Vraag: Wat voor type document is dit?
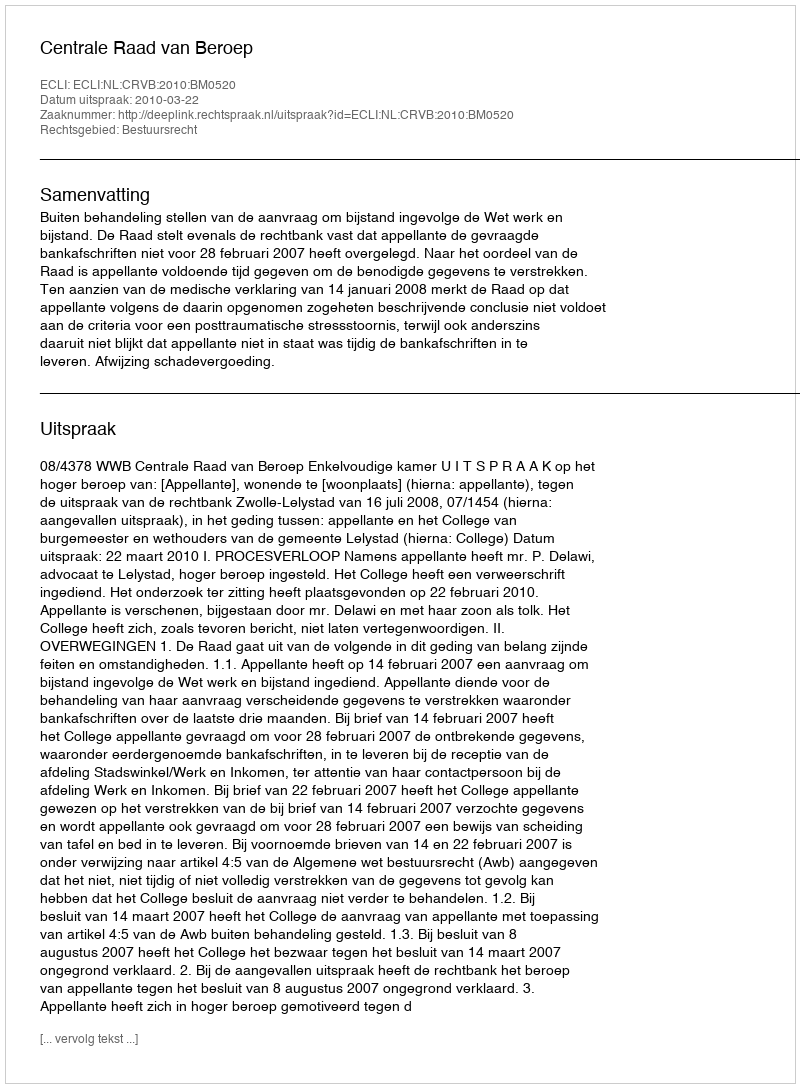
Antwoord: Uitspraak